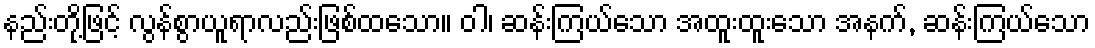
နည်းတို့ဖြင့် လွန်စွာယူရာလည်းဖြစ်ထသော။ ဝါ၊ ဆန်းကြယ်သော အထူးထူးသော အနက်, ဆန်းကြယ်သော